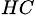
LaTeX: ^{HC}